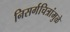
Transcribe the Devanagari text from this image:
निसर्गचित्रांमुळे